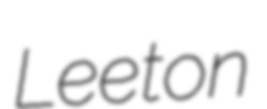
Leeton